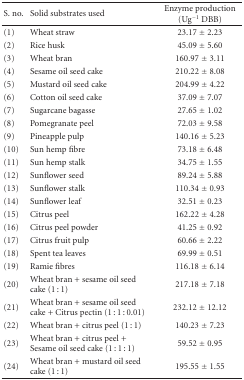
| S. no. | Solid substrates used | Enzyme production (Ug−1 DBB) |
 | --- | --- | --- |
 | (1) | Wheat straw | 23.17 ± 2.23 |
 | (2) | Rice husk | 45.09 ± 5.60 |
 | (3) | Wheat bran | 160.97 ± 3.11 |
 | (4) | Sesame oil seed cake | 210.22 ± 8.08 |
 | (5) | Mustard oil seed cake | 204.99 ± 4.22 |
 | (6) | Cotton oil seed cake | 37.09 ± 7.07 |
 | (7) | Sugarcane bagasse | 27.65 ± 1.02 |
 | (8) | Pomegranate peel | 72.03 ± 9.58 |
 | (9) | Pineapple pulp | 140.16 ± 5.23 |
 | (10) | Sun hemp fibre | 73.18 ± 6.48 |
 | (11) | Sun hemp stalk | 34.75 ± 1.55 |
 | (12) | Sunflower seed | 89.24 ± 5.88 |
 | (13) | Sunflower stalk | 110.34 ± 0.93 |
 | (14) | Sunflower leaf | 32.51 ± 0.23 |
 | (15) | Citrus peel | 162.22 ± 4.28 |
 | (16) | Citrus peel powder | 41.25 ± 0.92 |
 | (17) | Citrus fruit pulp | 60.66 ± 2.22 |
 | (18) | Spent tea leaves | 69.99 ± 0.51 |
 | (19) | Ramie fibres | 116.18 ± 6.14 |
 | (20) | Wheat bran + sesame oil seed cake (1 : 1) | 217.18 ± 7.18 |
 | (21) | Wheat bran + sesame oil seed cake + Citrus pectin (1 : 1 : 0.01) | 232.12 ± 12.12 |
 | (22) | Wheat bran + citrus peel (1 : 1) | 140.23 ± 7.23 |
 | (23) | Wheat bran + citrus peel + Sesame oil seed cake (1 : 1 : 1) | 59.52 ± 0.95 |
 | (24) | Wheat bran + mustard oil seed cake (1 : 1) | 195.55 ± 1.55 |